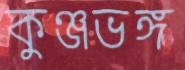
কুঞ্জভঙ্গ